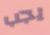
يجب